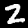
Label: 2